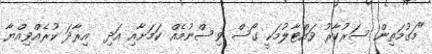
"މަގުމަތިން ސަރުކާރު ވައްޓާލުމަކީ ގޯސް ވިސްނުމެއް ކަމަށާއި އަދި  އިރާދަ ކުރެއްވިއްޔާ